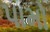
પામો